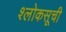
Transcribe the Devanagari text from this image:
श्लोकसूची